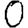
Digit: 0